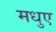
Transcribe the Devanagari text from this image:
मधुए